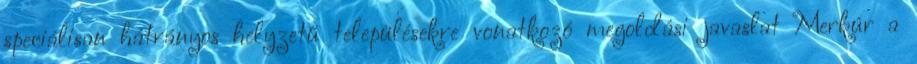
speciálisan hátrányos helyzetű településekre vonatkozó megoldási javaslat Merkúr a